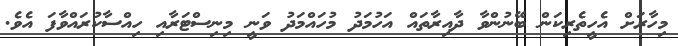
މިހާރަށް އެހީތެރިކަން ބޭނުންވާ ދާއިރާތައް އަހުމަދު މުހައްމަދު ވަނީ މިނިސްޓަރާއި ހިއްސާކުރައްވާފަ އެވެ.